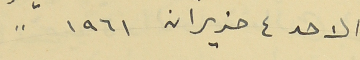
الاحد ٤ حزيران ١٩٦١ "